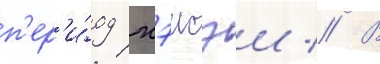
п'ер'и́од хэисэи // В